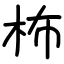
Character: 柨